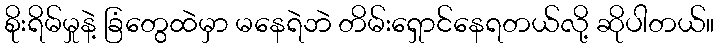
စိုးရိမ်မှုနဲ့ ခြံတွေထဲမှာ မနေရဲဘဲ တိမ်းရှောင်နေရတယ်လို့ ဆိုပါတယ်။